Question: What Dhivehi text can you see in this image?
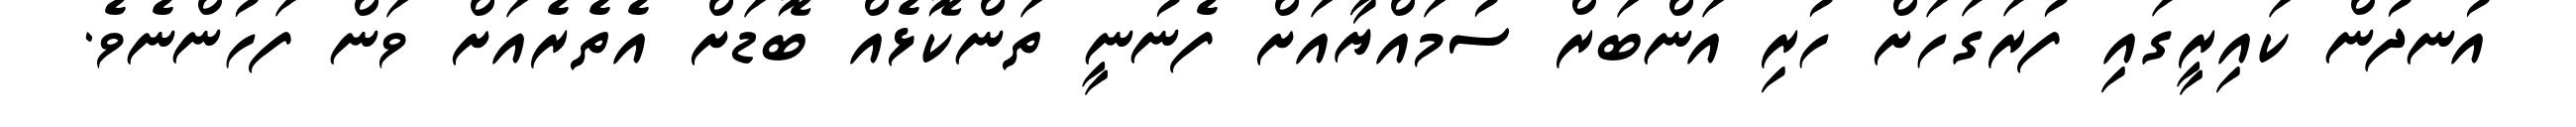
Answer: އުނދުން ކައިރީގައި ފުރަގަހަށް ހުރި އަންބަރް ސުމައްޔާއަށް ފެނުނީ ތަންކޮޅެއް ބޮޑަށް އެތެރެއަށް ވަން ފަހުންނެވެ.